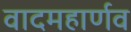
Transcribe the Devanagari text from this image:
वादमहार्णव